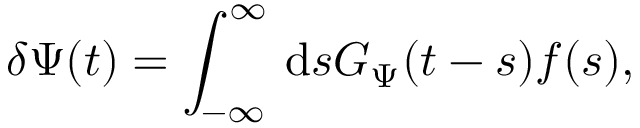
\delta \Psi ( t ) = \int _ { - \infty } ^ { \infty } \, \mathrm { d } s G _ { \Psi } ( t - s ) f ( s ) ,